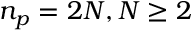
n _ { p } = 2 N , N \ge 2